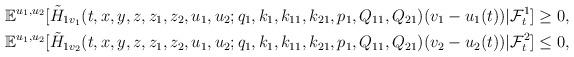
LaTeX: \begin{align*}\begin{aligned}\mathbb{E}^{u_1,u_2}[\tilde{H}_{1{v_1}}(t,x,y,z,z_1,z_2,u_1,u_2;q_1,k_1,k_{11},k_{21},p_1,Q_{11},Q_{21})(v_1-u_1(t))|\mathcal{F}_t^1]\geq 0,\\\mathbb{E}^{u_1,u_2}[\tilde{H}_{1{v_2}}(t,x,y,z,z_1,z_2,u_1,u_2;q_1,k_1,k_{11},k_{21},p_1,Q_{11},Q_{21})(v_2-u_2(t))|\mathcal{F}_t^2]\leq 0,\end{aligned}\end{align*}